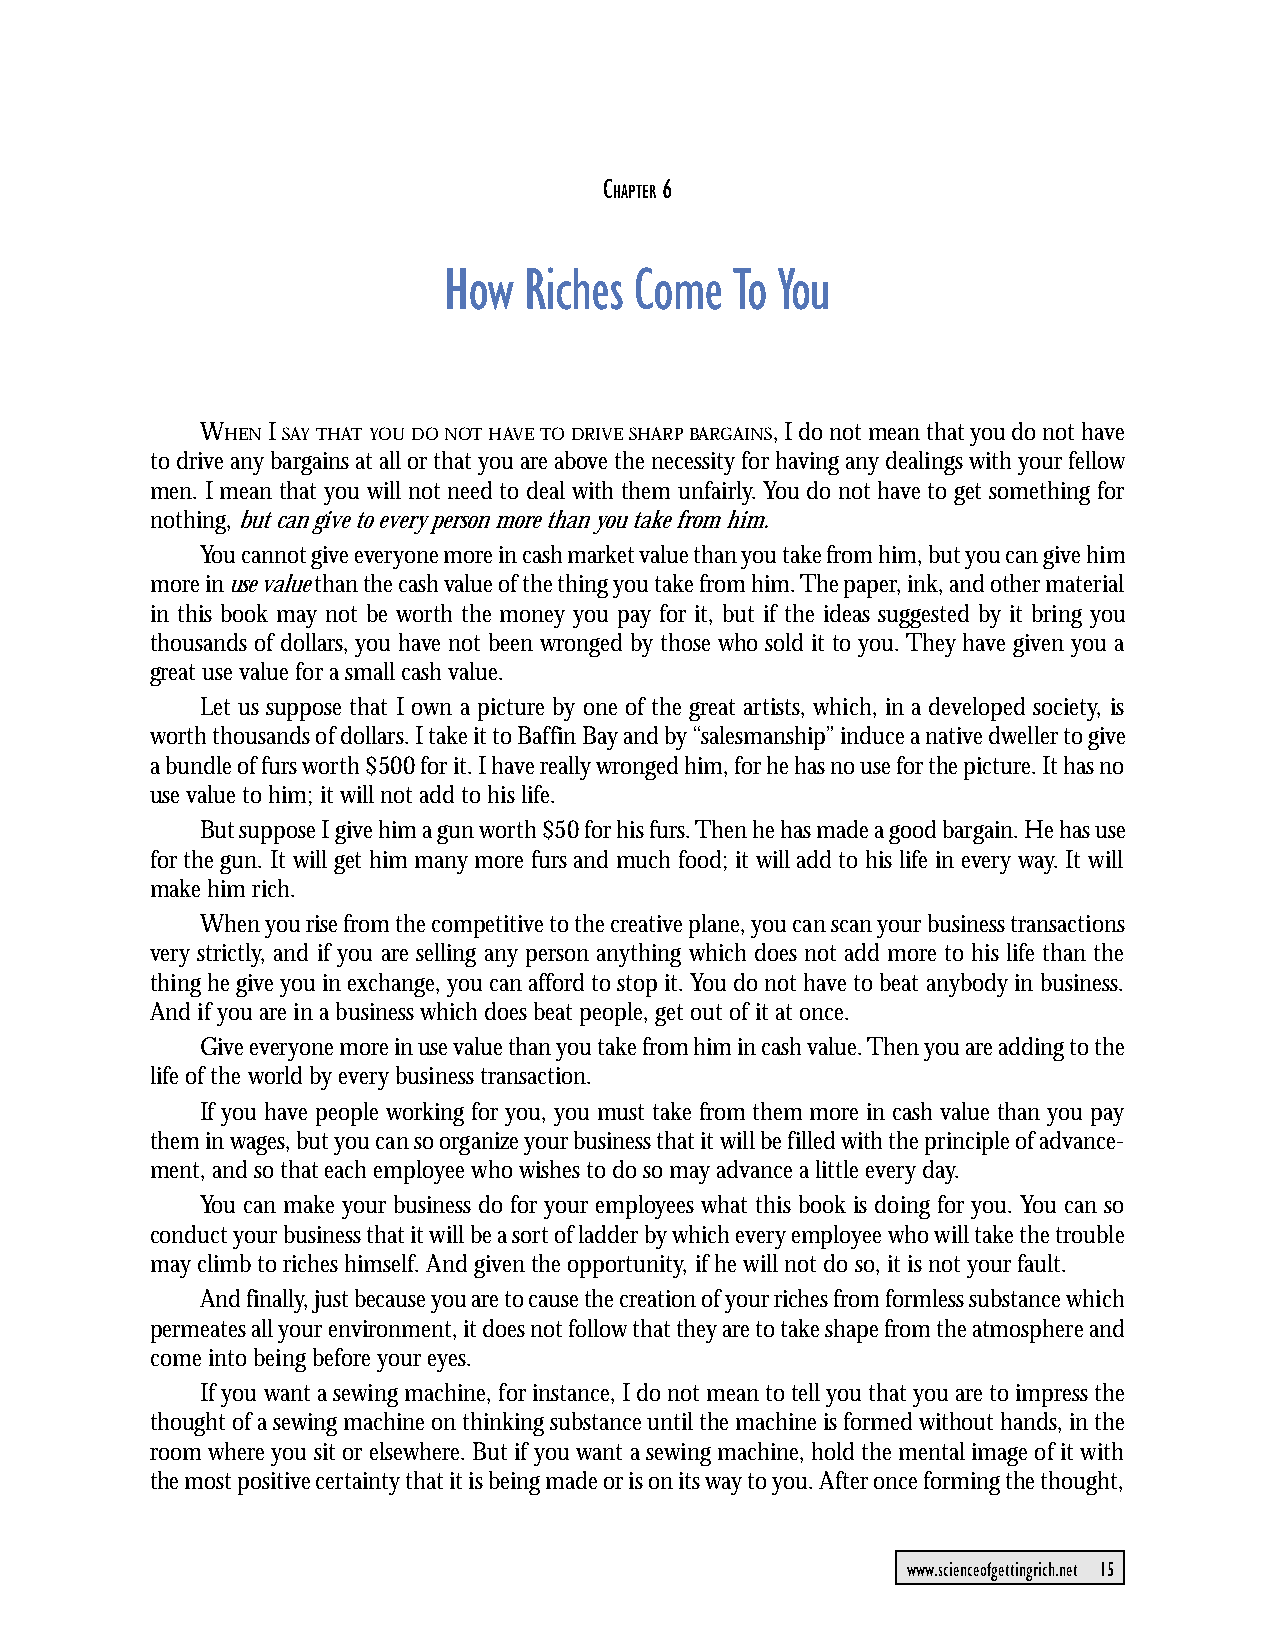
CHAPTER 6: How Riches Come To You
 C   6
 HAPTER
 How   Riches Come   To You
 WHEN I SAY THAT YOU DO NOT HAVE TO DRIVE SHARP BARGAINS, I do not mean that you do not have
 to drive any bargains at all or that you are above the necessity for having any dealings with your fellow
 men. I mean that you will not need to deal with them unfairly. You do not have to get something for
 nothing, but can give to every person more than you take from him.
 You cannot give everyone more in cash market value than you take from him, but you can give him
 more in use value than the cash value of the thing you take from him. The paper, ink, and other material
 in this book may not be worth the money you pay for it, but if the ideas suggested by it bring you
 thousands of dollars, you have not been wronged by those who sold it to you. They have given you a
 great use value for a small cash value.
 Let us suppose that I own a picture by one of the great artists, which, in a developed society, is
 worth thousands of dollars. I take it to Baffin Bay and by “salesmanship” induce a native dweller to give
 a bundle of furs worth $500 for it. I have really wronged him, for he has no use for the picture. It has no
 use value to him; it will not add to his life.
 But suppose I give him a gun worth $50 for his furs. Then he has made a good bargain. He has use
 for the gun. It will get him many more furs and much food; it will add to his life in every way. It will
 make him rich.
 When you rise from the competitive to the creative plane, you can scan your business transactions
 very strictly, and if you are selling any person anything which does not add more to his life than the
 thing he give you in exchange, you can afford to stop it. You do not have to beat anybody in business.
 And if you are in a business which does beat people, get out of it at once.
 Give everyone more in use value than you take from him in cash value. Then you are adding to the
 life of the world by every business transaction.
 If you have people working for you, you must take from them more in cash value than you pay
 them in wages, but you can so organize your business that it will be filled with the principle of advance-
 ment, and so that each employee who wishes to do so may advance a little every day.
 You can make your business do for your employees what this book is doing for you. You can so
 conduct your business that it will be a sort of ladder by which every employee who will take the trouble
 may climb to riches himself. And given the opportunity, if he will not do so, it is not your fault.
 And finally, just because you are to cause the creation of your riches from formless substance which
 permeates all your environment, it does not follow that they are to take shape from the atmosphere and
 come into being before your eyes.
 If you want a sewing machine, for instance, I do not mean to tell you that you are to impress the
 thought of a sewing machine on thinking substance until the machine is formed without hands, in the
 room where you sit or elsewhere. But if you want a sewing machine, hold the mental image of it with
 the most positive certainty that it is being made or is on its way to you. After once forming the thought,
 www.scienceofgettingrich.net 15